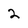
Character: 2